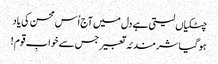
چٹکیاں لیتی ہے دل میں آج اُس محسن کی یاد
ہو گیا شرمندئہ تعبیر جس سے خوابِ قوم !